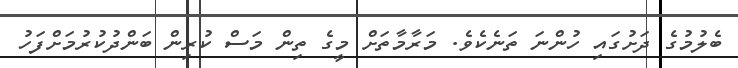
ބެލުމުގެ ދަށުގައި ހުންނަ ތަނެކެވެ. މަރާމާތަށް މީގެ ތިން މަސް ކުރިން ބަންދުކުރުމަށްފަހު